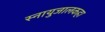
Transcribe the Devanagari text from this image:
स्नायुजालकहा